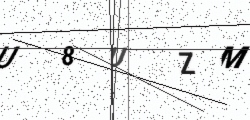
Text: U8UZM